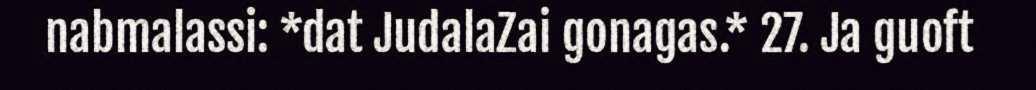
nabmalassi: *dat JudalaZai gonagas.* 27. Ja guoft